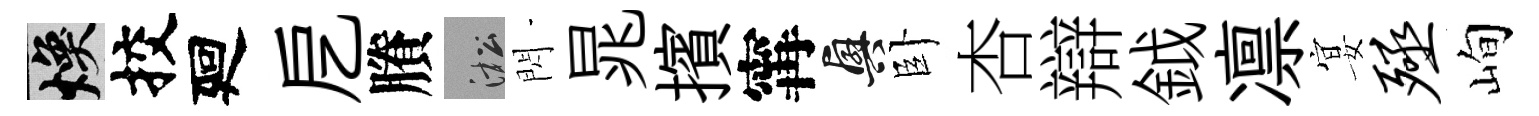
焕挍廻戹賸淞閃晁擯𡩋興卧杏辯鉞凛宴殛峋